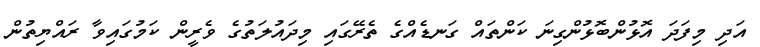
އަދި މިފަދަ އޮޅުންބޮޅުންގިނަ ކަންތައް ގަނޑެއްގެ ތެރޭގައި މިދައުލަތުގެ ވެރީން ކަމުގައިވާ ރައްޔިތުން